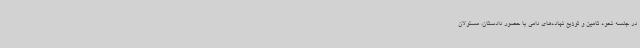
در جلسه نحوه تامین و توزیع نهاده‌های دامی با حضور دادستان، مسئولان